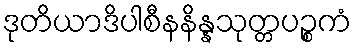
ဒုတိယာဒိပါစီနနိန္နသုတ္တပဉ္စကံ